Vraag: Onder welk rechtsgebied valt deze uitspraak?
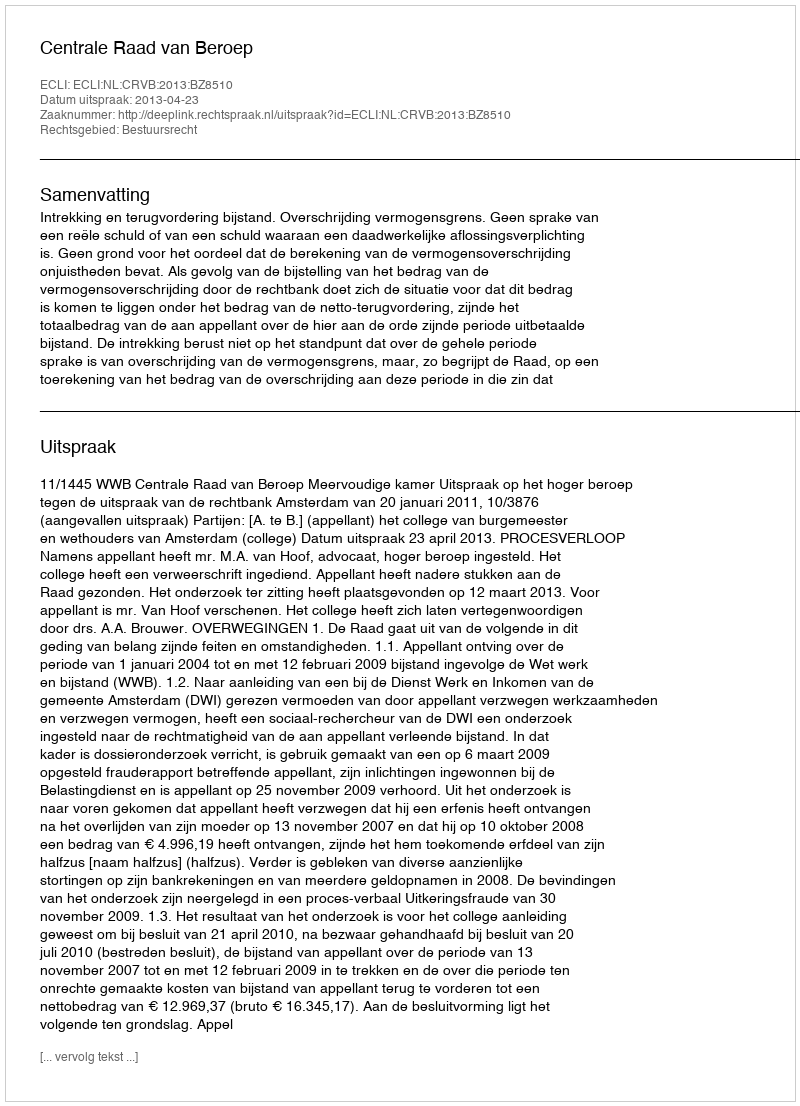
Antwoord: Bestuursrecht